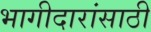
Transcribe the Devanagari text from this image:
भागीदारांसाठी